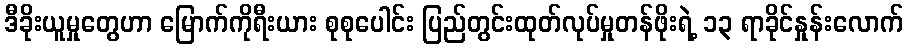
ဒီခိုးယူမှုတွေဟာ မြောက်ကိုရီးယား စုစုပေါင်း ပြည်တွင်းထုတ်လုပ်မှုတန်ဖိုးရဲ့ ၁၃ ရာခိုင်နှုန်းလောက်